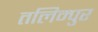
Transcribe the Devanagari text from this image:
तलिम्पुर